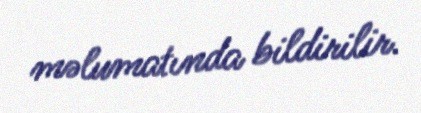
məlumatında bildirilir.